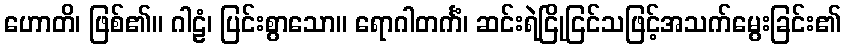
ဟောတိ၊ ဖြစ်၏။ ဂါဠံ၊ ပြင်းစွာသော။ ရောဂါတင်္ကံ၊ ဆင်းရဲငြိုငြင်သဖြင့်အသက်မွေးခြင်း၏